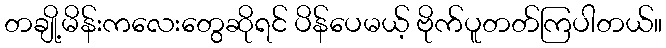
တချို့မိန်းကလေးတွေဆိုရင် ပိန်ပေမယ့် ဗိုက်ပူတတ်ကြပါတယ်။